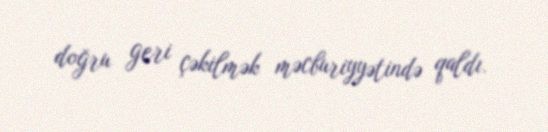
doğru geri çəkilmək məcburiyyətində qaldı.